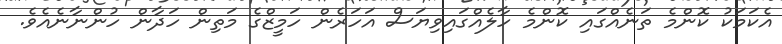
އެކަމަކު ކޮންމެ ތަނެއްގައި ކޮންމެ ހާލެއްގައިވިޔަސް އަހަރެން ހަމީޒްގެ މަތިން ހަދާން ހުންނާނެއެވެ.